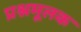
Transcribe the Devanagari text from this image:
प्रश्नमूलक